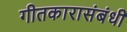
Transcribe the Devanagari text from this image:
गीतकारासंबंधी